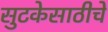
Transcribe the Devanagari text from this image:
सुटकेसाठीचे